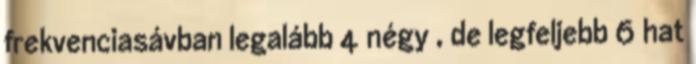
frekvenciasávban legalább 4 négy , de legfeljebb 6 hat